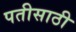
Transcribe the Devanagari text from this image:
पतीसाठी